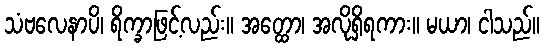
သံဗလေနာပိ၊ ရိက္ခာဖြင့်လည်း။ အတ္ထော၊ အလိုရှိရကား။ မယာ၊ ငါသည်။